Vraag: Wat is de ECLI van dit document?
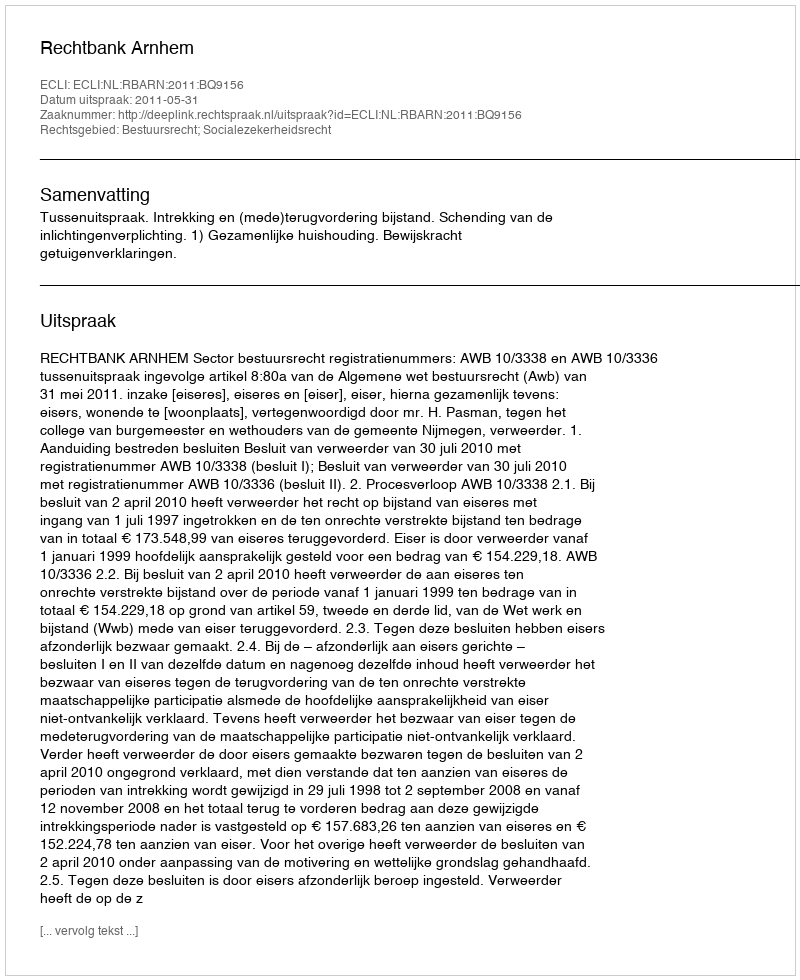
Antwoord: ECLI:NL:RBARN:2011:BQ9156